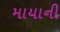
માયાની